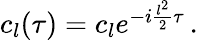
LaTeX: \begin{array}{r}{c_{l}(\tau)=c_{l}e^{-i\frac{l^{2}}{2}\tau}\, .}\end{array}